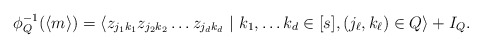
\begin{align*}\phi_Q^{-1}(\langle m \rangle) = \langle z_{j_1 k_1} z_{j_2 k_2} \ldots z_{j_d k_d} ~|~ k_1, \ldots k_d \in [s], (j_\ell, k_\ell) \in Q \rangle + I_Q.\end{align*}